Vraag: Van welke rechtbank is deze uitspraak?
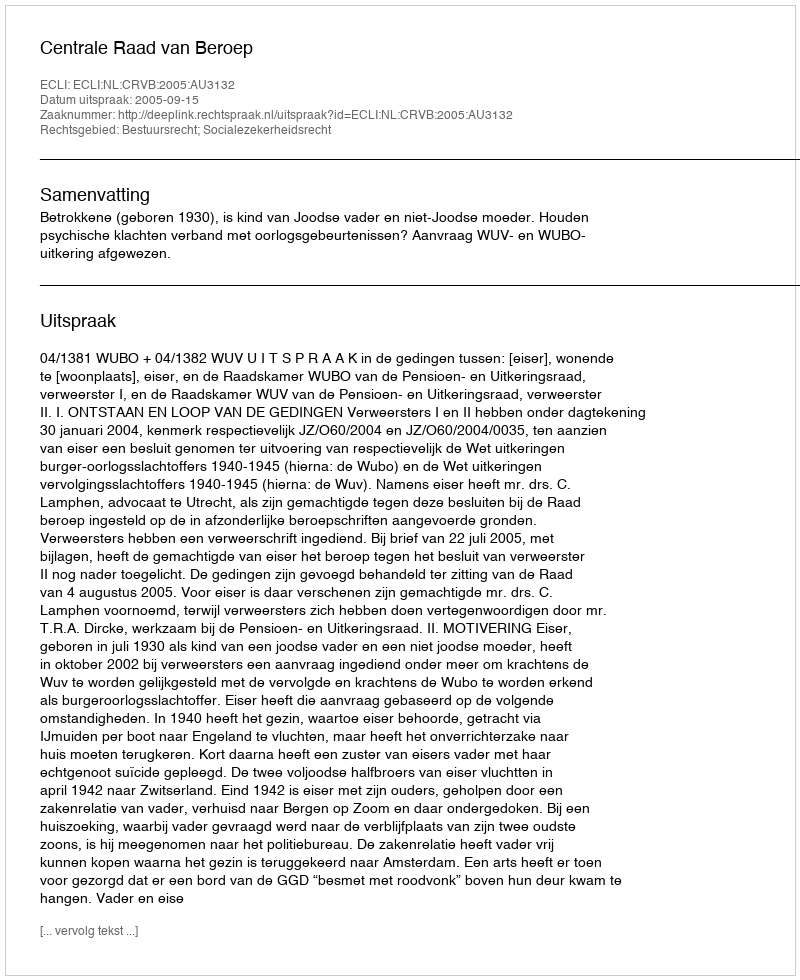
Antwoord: Centrale Raad van Beroep